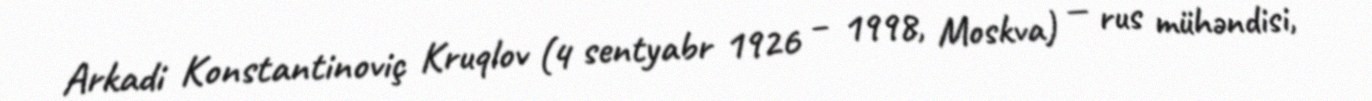
Arkadi Konstantinoviç Kruqlov (4 sentyabr 1926 – 1998, Moskva) — rus mühəndisi,